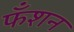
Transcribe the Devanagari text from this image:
फँशन